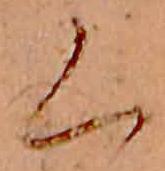
く